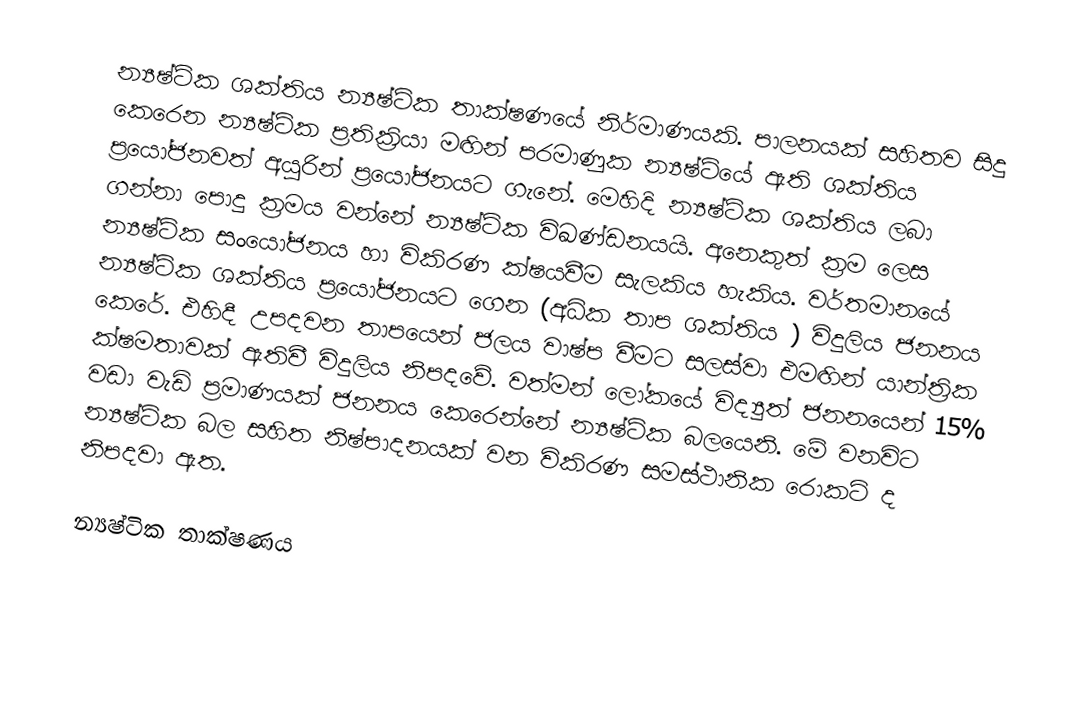
න්‍යෂ්ටික ශක්තිය න්‍යෂ්ටික තාක්ෂණයේ නිර්මාණයකි. පාලනයක් සහිතව සිදු කෙරෙන  න්‍යෂ්ටික ප්‍රතික්‍රියා මඟින් පරමාණුක න්‍යෂ්ටියේ ඇති ශක්තිය ප්‍රයෝජනවත් අයුරින් ප්‍රයෝජනයට ගැනේ.  මෙහිදි න්‍යෂ්ටික ශක්තිය ලබා ගන්නා පොදු ක්‍රමය වන්නේ න්‍යෂ්ටික විඛණ්ඩනයයි. අනෙකුත් ක්‍රම ලෙස න්‍යෂ්ටික සංයෝජනය හා විකිරණ ක්ෂයවීම සැලකිය හැකිය. වර්තමානයේ න්‍යෂ්ටික ශක්තිය ප්‍රයෝජනයට ගෙන (අධික තාප ශක්තිය ) විදුලිය ජනනය කෙරේ. එහිදී උපදවන තාපයෙන් ජලය වාෂ්ප වීමට සලස්වා එමඟින් යාන්ත්‍රික ක්ෂමතාවක් ඇතිවී විදුලිය නිපදවේ. වත්මන් ලෝකයේ විද්‍යුත්  ජනනයෙන් 15% වඩා වැඩි ප්‍රමාණයක් ජනනය කෙරෙන්නේ න්‍යෂ්ටික බලයෙනි. මේ වනවිට න්‍යෂ්ටික බල සහිත නිෂ්පාදනයක් වන විකිරණ සමස්ථානික රොකට් ද නිපදවා ඇත.

න්‍යෂ්ටික තාක්ෂණය